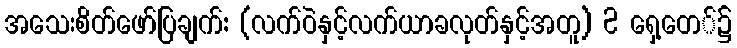
အသေးစိတ်ဖော်ပြချက်: (လက်ဝဲနှင့်လက်ယာခလုတ်နှင့်အတူ) 2 ရှေ့တေ်၌